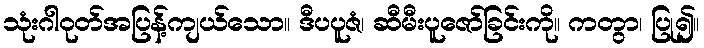
သုံးဂါဝုတ်အပြန့်ကျယ်သော။ ဒီပပူဇံ၊ ဆီမီးပူဇော်ခြင်းကို။ ကတွာ၊ ပြု၍။